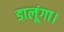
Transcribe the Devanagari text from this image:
डालूंगा।